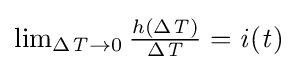
{\textstyle \lim _{\Delta {\mathit {T}}\rightarrow 0}{\frac {h(\Delta {\mathit {T}})}{\Delta {\mathit {T}}}}={\mathit {i}}({\mathit {t}})}